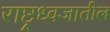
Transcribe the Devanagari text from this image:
राष्ट्रध्वजातील